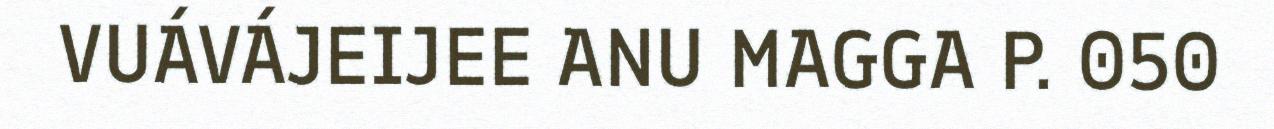
VUÁVÁJEIJEE ANU MAGGA P. 050